Report of the Indian Hemp Drugs Commission, 1894-1895 - Volume V
Year: 1894
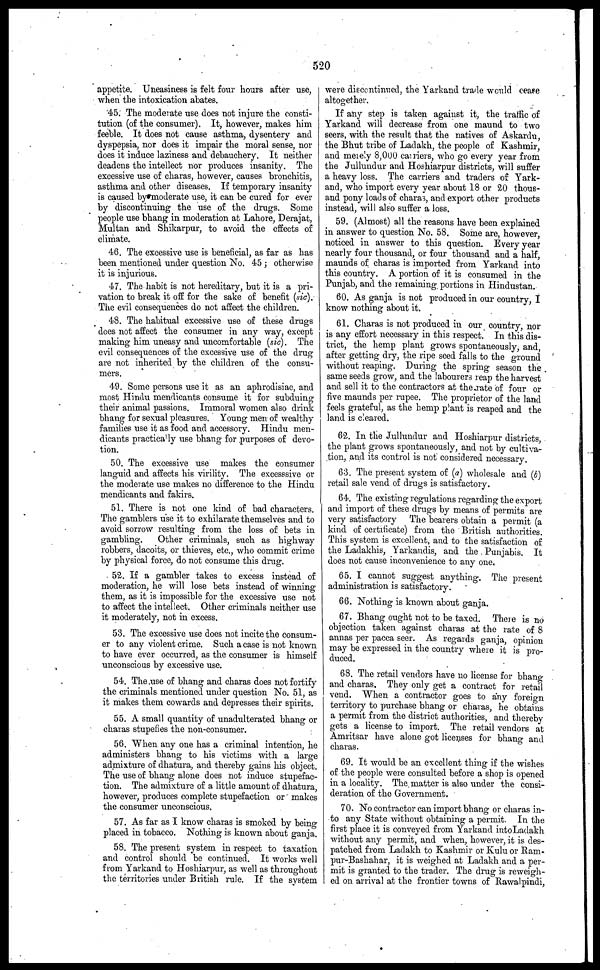
520
appetite. Uneasiness is felt four hours after use,
when the intoxication abates.
45. The moderate use does not injure the consti-
tution (of the consumer). It, however, makes him
feeble. It does not cause asthma, dysentery and
dyspepsia, nor does it impair the moral sense, nor
does it induce laziness and debauchery. It neither
deadens the intellect nor produces insanity. The
excessive use of charas, however, causes bronchitis,
asthma and other diseases. If temporary insanity
is caused by moderate use, it can be cured for ever
by discontinuing the use of the drugs. Some
people use bhang in moderation at Lahore, Derajat,
Multan and Shikarpur, to avoid the effects of
climate.
46. The excessive use is beneficial, as far as has
been mentioned under question No. 45 ; otherwise
it is injurious.
47. The habit is not hereditary, but it is a pri-
vation to break it off for the sake of benefit (sic).
The evil consequences do not affect the children.
48. The habitual excessive use of these drugs
dees not affect the consumer in any way, except
making him uneasy and uncomfortable (sic). The
evil consequences of the excessive use of the drug
are not inherited by the children of the consu-
mers.
49. Some persons use it as an aphrodisiac, and
most Hindu mendicants consume it for subduing
their animal passions. Immoral women also drink
bhang for sexual pleasures. Young men of wealthy
families use it as food and accessory. Hindu men-
dicants practically use bhang for purposes of devo-
tion.
50. The excessive use makes the consumer
languid and affects his virility. The excesssive or
the moderate use makes no difference to the Hindu
mendicants and fakirs.
51. There is not one kind of bad characters.
The gamblers use it to exhilarate themselves and to
avoid sorrow resulting from the loss of bets in
gambling.
Other criminals, such as highway
robbers, dacoits, or thieves, etc., who commit crime
by physical force, do not consume this drug.
52. If a gambler takes to excess instead of
moderation, he will lose bets instead of winning
them, as it is impossible for the excessive use not
to affect the intellect. Other criminals neither use
it moderately, not in excess.
53. The excessive use does not incite the consum-
er to any violent crime. Such a case is not known
to have ever occurred, as the consumer is himself
unconscious by excessive use.
54. The use of bhang and charas does not fortify
the criminals mentioned under question No. 51, as
it makes them cowards and depresses their spirits.
55. A small quantity of unadulterated bhang or
charas stupefies the non-consumer.
56. When any one has a criminal intention, he
administers bhang to his victims with a large
admixture of dhatura, and thereby gains his object.
The use of bhang alone does not induce stupefac-
tion. The admixture of a little amount of dhatura,
however, produces complete stupefaction or makes
the consumer unconscious.
57. As far as I know charas is smoked by being
placed in tobacco. Nothing is known about ganja.
58. The present system in respect to taxation
and control should be continued. It works well
from Yarkand to Hoshiarpur, as well as throughout
the territories under British rule. If the system
were discontinued, the Yarkand trade would cease
altogether.
If any step is taken against it, the traffic of
Yarkand will decrease from one maund to two
seers, with the result that the natives of Askardu,
the Bhut tribe of Ladakh, the people of Kashmir,
and merely 8,000 carriers, who go every year from
the Jullundur and Hoshiarpur districts, will suffer
a heavy loss. The carriers and traders of Yark-
and, who import every year about 18 or 20 thous-
and pony loads of charas, and export other products
instead, will also suffer a loss.
59. (Almost) all the reasons have been explained
in answer to question No. 58. Some are, however,
noticed in answer to this question. Every year
nearly four thousand, or four thousand and a half,
maunds of charas is imported from Yarkand into
this country. A portion of it is consumed in the
Punjab, and the remaining portions in Hindustan.
60. As ganja is not produced in our country, I
know nothing about it.
61. Charas is not produced in our country, nor
is any effort necessary in this respect. In this dis-
trict, the hemp plant grows spontaneously, and,
after getting dry, the ripe seed falls to the ground
without reaping. During the spring season the
same seeds grow, and the labourers reap the harvest
and sell it to the contractors at the rate of four or
five maunds per rupee. The proprietor of the land
feels grateful, as the hemp plant is reaped and the
land is cleared.
62. In the Jullundur and Hoshiarpur districts,
the plant grows spontaneously, and not by cultiva-
tion, and its control is not considered necessary.
63. The present system of (a) wholesale and (b)
retail sale vend of drugs is satisfactory.
64. The existing regulations regarding the export
and import of these drugs by means of permits are
very satisfactory The bearers obtain a permit (a
kind of certificate) from the British authorities.
This system is excellent, and to the satisfaction of
the Ladakhis, Yarkaudis, and the Punjabis. It
does not cause inconvenience to any one.
65. I cannot suggest anything. The present
administration is satisfactory.
66. Nothing is known about ganja.
67. Bhang ought not to be taxed. There is no
objection taken against charas at the rate of 8
annas per pacca seer. As regards ganja, opinion
may be expressed in the country where it is pro-
duced.
68. The retail vendors have no license for bhang
and charas. They only get a contract for retail
vend. When a contractor goes to any foreign
territory to purchase bhang or charas, he obtains
a permit from the district authorities, and thereby
gets a license to import. The retail vendors at
Amritsar have alone got licenses for bhang and
charas.
69. It would be an excellent thing if the wishes
of the people were consulted before a shop is opened
in a locality. The matter is also under the consi-
deration of the Government.
70. No contractor can import bhang or charas in-
to any State without obtaining a permit. In the
first place it is conveyed from Yarkand into Ladakh
without any permit, and when, however, it is des-
patched from Ladakh to Kashmir or Kulu or Ram-
pur-Bashahar, it is weighed at Ladakh and a per-
mit is granted to the trader. The drug is re weigh-
ed on arrival at the frontier towns of Rawalpindi,